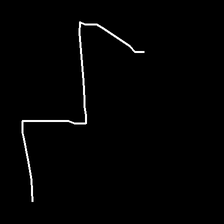
Glyph: crush